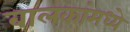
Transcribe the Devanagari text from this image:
बालकांमध्ये